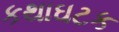
કથાઘટક